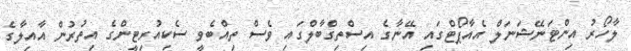
ލާހޯރު އިންޓަނޭޝަނަލް އެއާޕޯޓްގައި އޭނާގެ އިސްތިގްބާލްގައި ވެސް ތިއްބެވީ ސެކިއުރިޓީންގެ އިތުރުން އާއިލާގެ